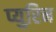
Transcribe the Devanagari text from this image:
प्युरिन